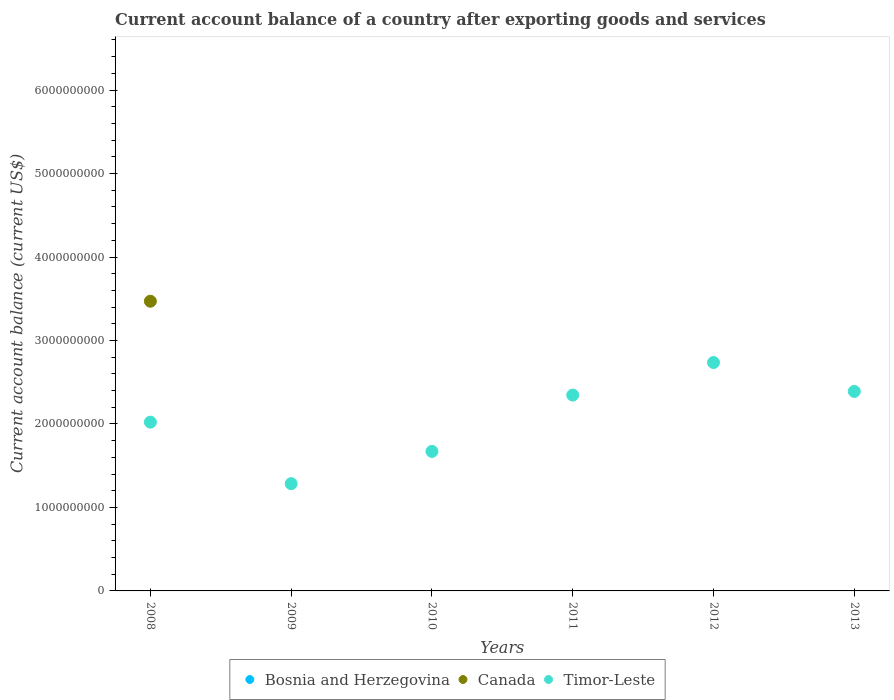
| Years | Bosnia and Herzegovina | Canada | Timor-Leste |
 | --- | --- | --- | --- |
 | 2008 | -2.64e+09 | 3.47e+09 | 2.02e+09 |
 | 2009 | -1.14e+09 | -4.03e+10 | 1.28e+09 |
 | 2010 | -1.03e+09 | -5.66e+10 | 1.67e+09 |
 | 2011 | -1.77e+09 | -4.78e+10 | 2.35e+09 |
 | 2012 | -1.5e+09 | -5.99e+10 | 2.74e+09 |
 | 2013 | -1.03e+09 | -5.47e+10 | 2.39e+09 |